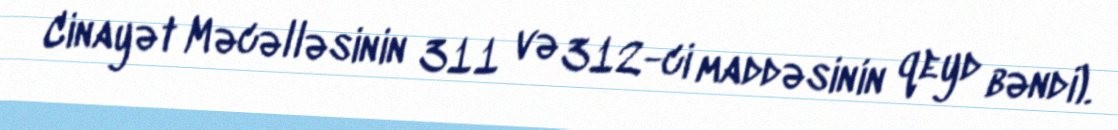
Cinayət Məcəlləsinin 311 və 312-ci maddəsinin qeyd bəndi).